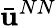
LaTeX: \bar{\mathbf{u}}^{NN}